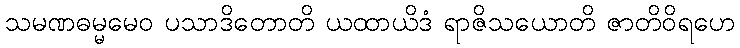
သမဏဓမ္မမေဝ ပသာဒိတောတိ ယထာယိဒံ ရာဇိသယောတိ ဇာတိဝိရဟေ